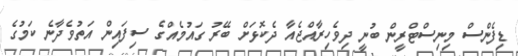
ޑިފެންސް މިނިސްޓްރީން ބުނީ ދިވެހިރާއްޖެއާ ދެކޮޅަށް ބޭރު ގައުމެއްގެ ސިފައިން އަތުވެދާނެ ކަމުގެ